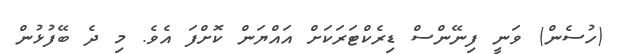
(ހުސެން) ވަނީ ފިނޭންސް ޑިރެކްޓަރަކަށް އައްޔަން ކޮށްފަ އެވެ. މި ދެ ބޭފުޅުން